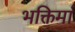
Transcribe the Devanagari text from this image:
भक्तिमां